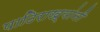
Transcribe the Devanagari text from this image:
पाठिराख्यांनी